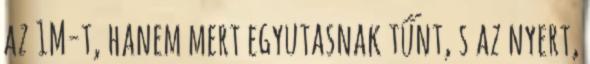
az 1M-t, hanem mert egyutasnak tűnt, s az nyert,